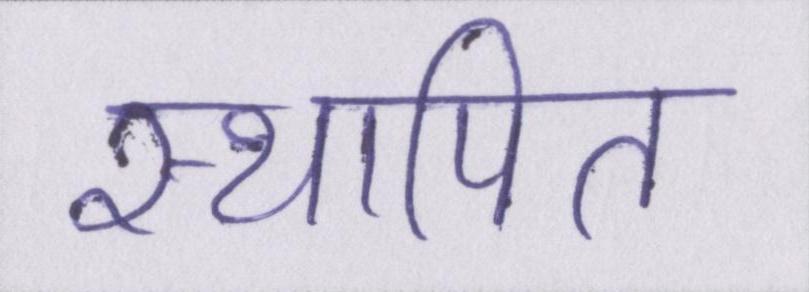
स्थापित